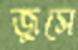
জুসে